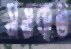
সওকত